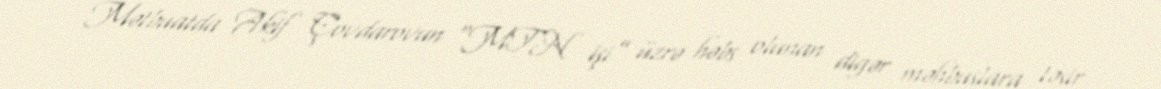
- Mətbuatda Akif Çovdarovun “MTN işi” üzrə həbs olunan digər məhbuslara təsir